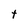
Character: t